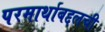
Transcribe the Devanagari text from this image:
परमार्थाबद्दलची